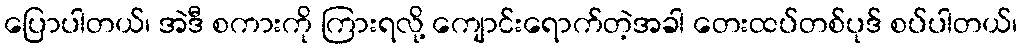
ပြောပါတယ်၊ အဲဒီ စကားကို ကြားရလို့ ကျောင်းရောက်တဲ့အခါ တေးထပ်တစ်ပုဒ် စပ်ပါတယ်၊